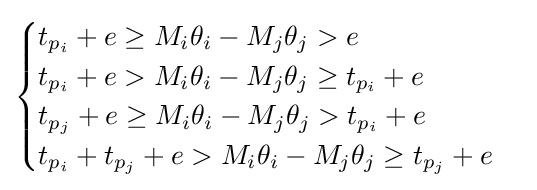
{\begin{cases}t_{p_{i}}+e\geq M_{i}\theta _{i}-M_{j}\theta _{j}>e\\t_{p_{i}}+e>M_{i}\theta _{i}-M_{j}\theta _{j}\geq t_{p_{i}}+e\\t_{p_{j}}+e\geq M_{i}\theta _{i}-M_{j}\theta _{j}>t_{p_{i}}+e\\t_{p_{i}}+t_{p_{j}}+e>M_{i}\theta _{i}-M_{j}\theta _{j}\geq t_{p_{j}}+e\end{cases}}